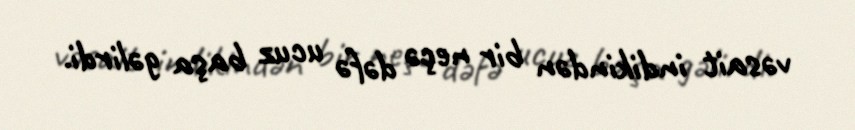
vəsait indikindən bir neçə dəfə ucuz başa gəlirdi.